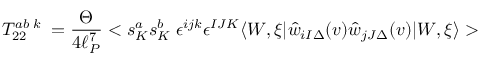
T _ { 2 2 } ^ { a b \; k } \; = \frac { \Theta } { 4 \ell _ { P } ^ { 7 } } < s _ { K } ^ { a } s _ { K } ^ { b } \; \epsilon ^ { i j k } \epsilon ^ { I J K } \langle W , \xi | \hat { w } _ { i I \Delta } ( v ) \hat { w } _ { j J \Delta } ( v ) | W , \xi \rangle >